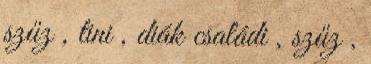
szűz , tini , diák családi , szűz ,